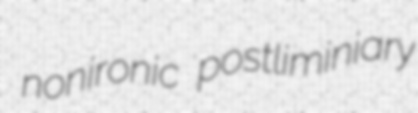
nonironic postliminiary